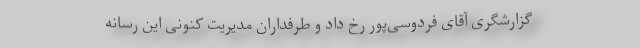
گزارشگری آقای فردوسی‌پور رخ داد و طرفداران مدیریت کنونی این رسانه